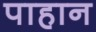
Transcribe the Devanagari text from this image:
पाहान